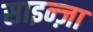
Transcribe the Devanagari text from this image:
साइन्ज़ा